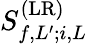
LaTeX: {S}_{f,L^{\prime};i,L}^{(\mathrm{LR})}